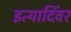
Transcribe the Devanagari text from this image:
इत्यादिंवर